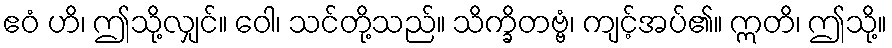
ဧဝံ ဟိ၊ ဤသို့လျှင်။ ဝေါ၊ သင်တို့သည်။ သိက္ခိတဗ္ဗံ၊ ကျင့်အပ်၏။ ဣတိ၊ ဤသို့။